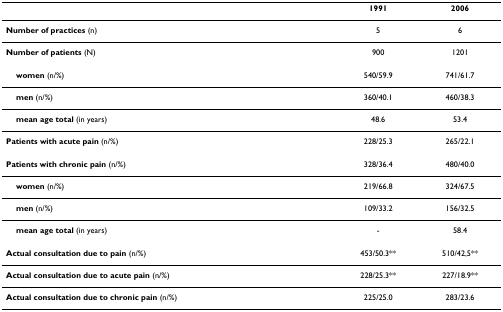
<table><thead><tr><td></td><td><b>1991</b></td><td><b>2006</b></td></tr></thead><tbody><tr><td><b>Number of practices </b>(n)</td><td>5</td><td>6</td></tr><tr><td><b>Number of patients </b>(N)</td><td>900</td><td>1201</td></tr><tr><td> <b>women </b>(n/%)</td><td>540/59.9</td><td>741/61.7</td></tr><tr><td> <b>men </b>(n/%)</td><td>360/40.1</td><td>460/38.3</td></tr><tr><td> <b>mean age total </b>(in years)</td><td>48.6</td><td>53.4</td></tr><tr><td><b>Patients with acute pain </b>(n/%)</td><td>228/25.3</td><td>265/22.1</td></tr><tr><td><b>Patients with chronic pain </b>(n/%)</td><td>328/36.4</td><td>480/40.0</td></tr><tr><td> <b>women </b>(n/%)</td><td>219/66.8</td><td>324/67.5</td></tr><tr><td> <b>men </b>(n/%)</td><td>109/33.2</td><td>156/32.5</td></tr><tr><td> <b>mean age total </b>(in years)</td><td>-</td><td>58.4</td></tr><tr><td><b>Actual consultation due to pain </b>(n/%)</td><td>453/50.3**</td><td>510/42,5**</td></tr><tr><td><b>Actual consultation due to acute pain </b>(n/%)</td><td>228/25.3**</td><td>227/18.9**</td></tr><tr><td><b>Actual consultation due to chronic pain </b>(n/%)</td><td>225/25.0</td><td>283/23.6</td></tr></tbody></table>